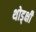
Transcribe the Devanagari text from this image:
थोड्क्षी